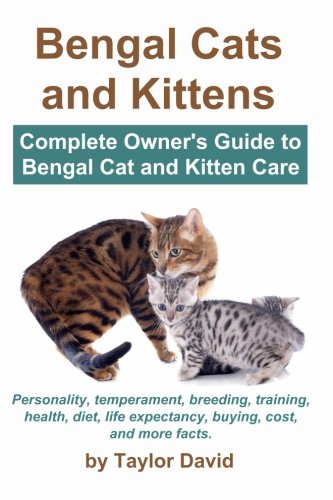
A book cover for Bengal Cats and Kittens: Complete Owner's Guide to Bengal Cat and Kitten Care: Personality, temperament, breeding, training, health, diet, life expectancy, buying, cost, and more facts; Taylor David; Crafts, Hobbies & Home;